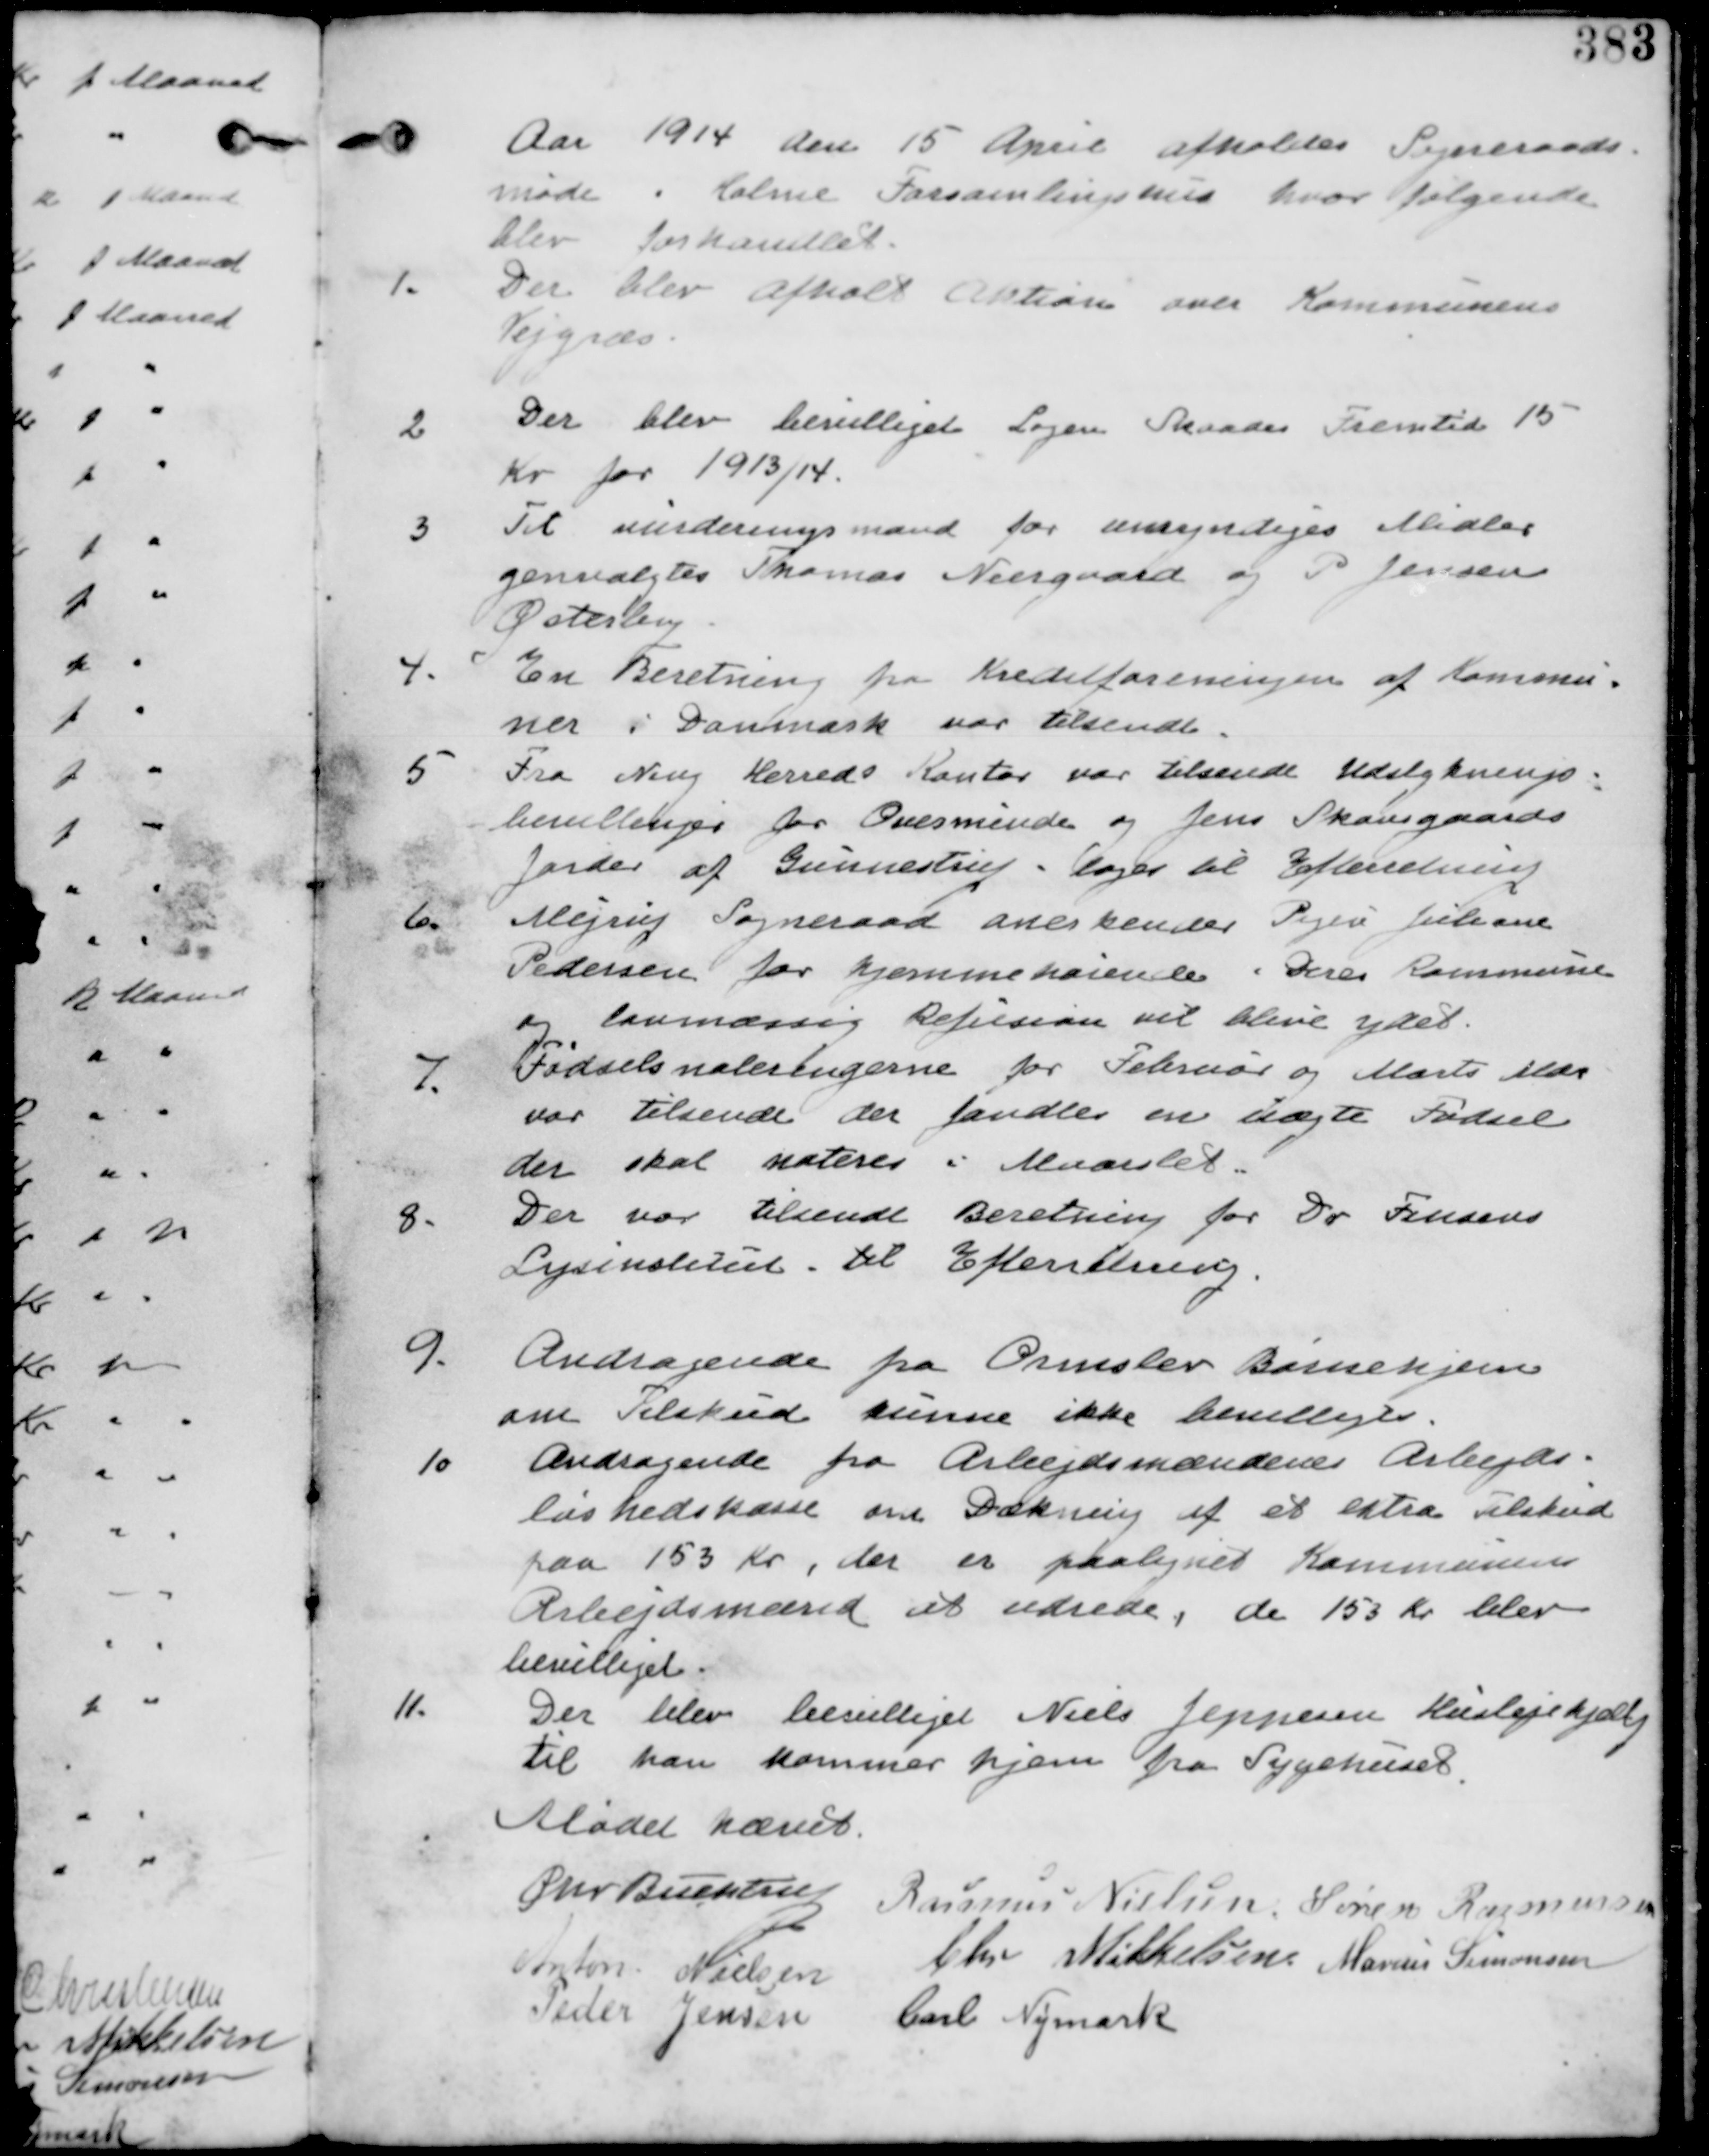
Transskription:
Aar 1914 den 15 April afholdes Sogneraads-
møde i Holme Forsamlingshus hvor følgende
blev forhandlet.

1
Der blev afholdt Auktion over Kommunens
Vejgræs.

2.
Der blev bevilliget Logen Skaades Fremtid 15
Kr for 1913/14.

3. Til Vurderingsmand for umyndiges Midler
genvalgtes Thomas Neergaard og P. Jensen
Østerby.

4.
En Beretning fra Kreditforeningen af Kommu-
ner i Danmark var tilsendt.

5.
Fra Ning Herreds Kontor var tilsendt Udstyknings-
bevillinger for Ovesminde og Jens Skovsgaards
Jorder af Gunnestrup. tages til Efterretning.

6.
Mejrup Sogneraad anerkender Pigen Luliane
Pedersen for hjemmehørende i Deres Kommune
og lovmæssig Refusion vil blive ydet.

7.
Fødselsnoteringerne for Februar og Marts Mdr
var tilsendt der fandtes en uægte Fødsel
der skal noteres i Maarslet.

8.
Der var tilsendt Beretning for Dr Finsens
Lysinstitut. til Efterretning.

9.
Andragende fra Ormslet Børnehjem
om Tilskud kunne ikke bevilliges.

10 Andragende fra Arbejdsmændenes Arbejds-
løshedskasse om Dækning af et ekstra Tilskud
paa 153 Kr, der er paalignet Kommunens
Arbejdsmænd at udrede, de 153 Kr blev
bevilliget.

11.
Der blev bevilliget Niels Jeppesen Huslejehjælp
til han kommer hjem fra Sygehuset.

Mødet hævet
Chr Buchtrup Rasmus Nielsen. Søren Rasmussen
Anker Nielsen Chr. Mikkelsen Marius Simonsen
Peder Jensen
Carl Nymark